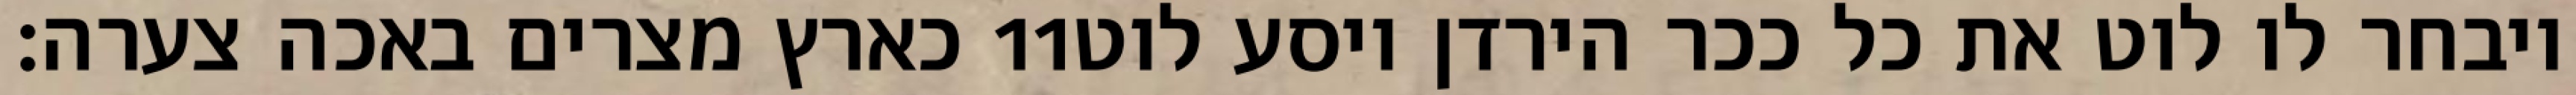
כארץ מצרים באכה צערה׃ ‎11‏ ויבחר לו לוט את כל ככר הירדן ויסע לוט